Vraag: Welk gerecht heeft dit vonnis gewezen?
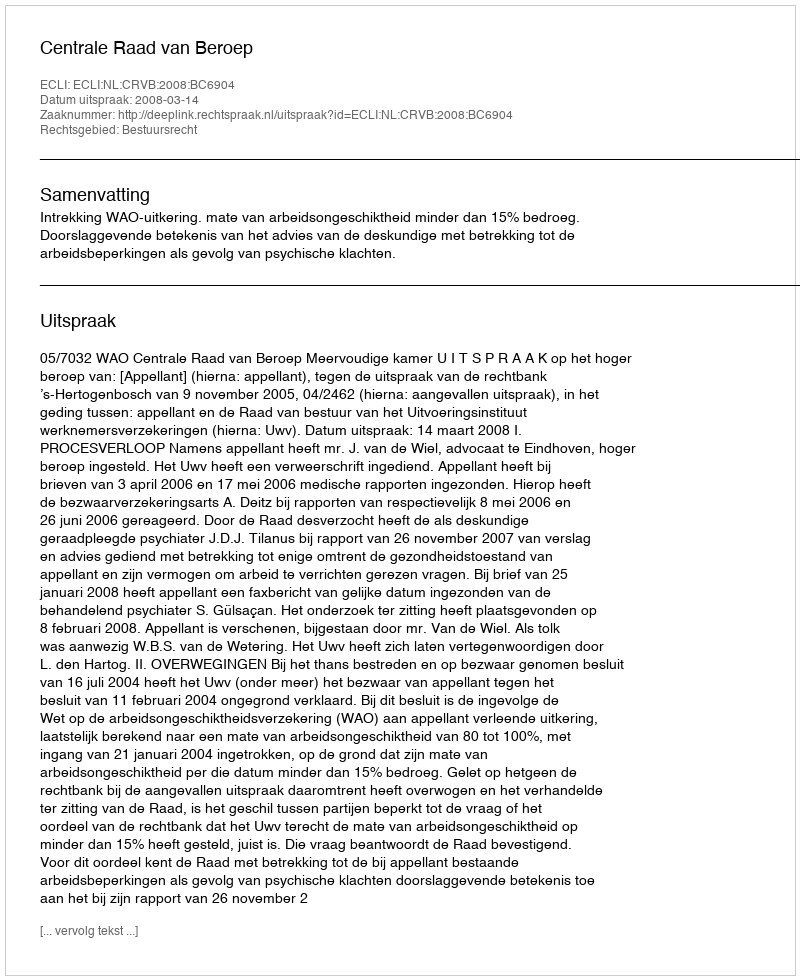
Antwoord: Centrale Raad van Beroep